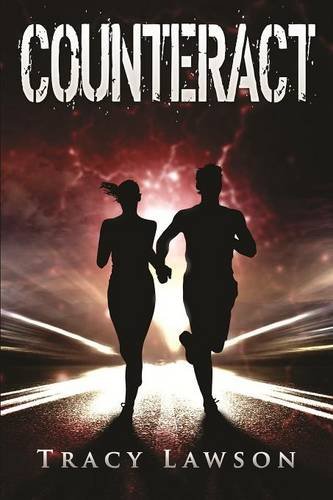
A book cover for Counteract (The Resistance Series); Tracy Lawson; Teen & Young Adult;